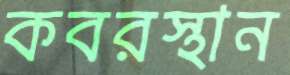
কবরস্থান